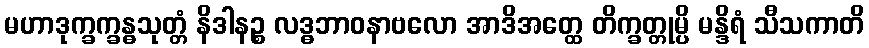
မဟာဒုက္ခက္ခန္ဓသုတ္တံ နိဒါနဉ္စ လဒ္ဓဘာဝနာဗလော အာဒိအတ္ထေ တိက္ခတ္တုမ္ပိ မန္ဒိရံ သီသကာတိ